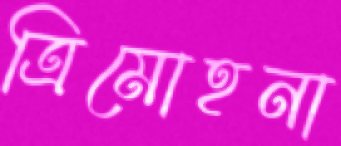
ত্রিমোহনা